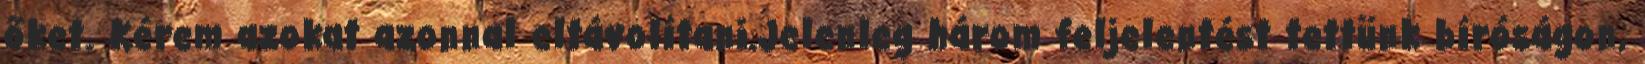
őket. Kérem azokat azonnal eltávolítani.Jelenleg három feljelentést tettünk bíróságon,